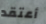
أعتقد